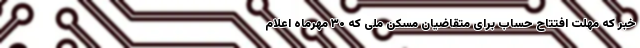
خبر که مهلت افتتاح حساب برای متقاضیان مسکن ملی که ۳۰ مهرماه اعلام